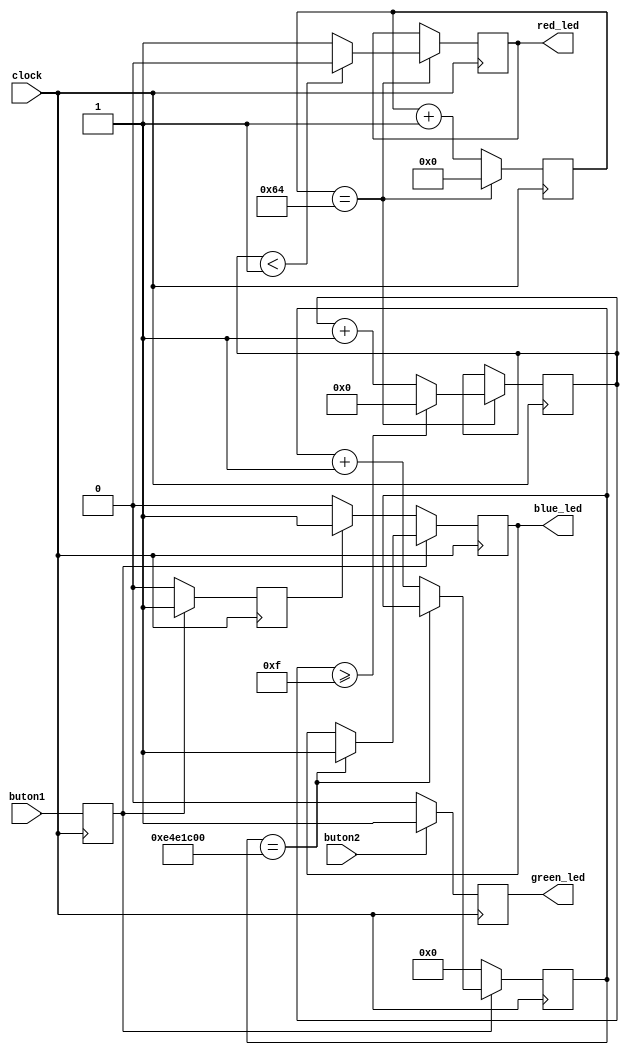
module LedDimmer(
  input clock,
  input buton1,
  input buton2,
  output reg red_led,
  output reg blue_led,
  output reg green_led
);

reg [31:0] counter = 32'd0;
reg [9:0] counter1 = 10'd0;
reg [3:0] pwm_counter = 4'd0;
reg btn_prev = 0;
reg is_pressed = 1;



always @(posedge clock) begin
  btn_prev <= buton1;
  
  if (btn_prev == 1'b1) begin
    is_pressed <= 1'b1;
    if (counter == 32'd240_000_000)  
      blue_led <= 1'b1;  
    else
      counter <= counter + 1;
  end else begin
    is_pressed <= 1'b0;
    blue_led <= is_pressed ? 1'b1 : 1'b0;  
    counter <= 0;
  end
end

always @(posedge clock) begin
  counter1 <= counter1 + 1;
  if (counter1 == 10'd100) begin
    counter1 <= 10'd0;
    pwm_counter <= pwm_counter + 1;
    
    if (pwm_counter >= 4'd15)
      pwm_counter <= 4'd0;
    
    if (pwm_counter < 4'd1)
      red_led <= 0;
    else
      red_led <= 1;
  end
end

  always @(posedge clock) begin 
    if (buton2)
      green_led <= 1;
    else
      green_led <= 0;
  end

endmodule